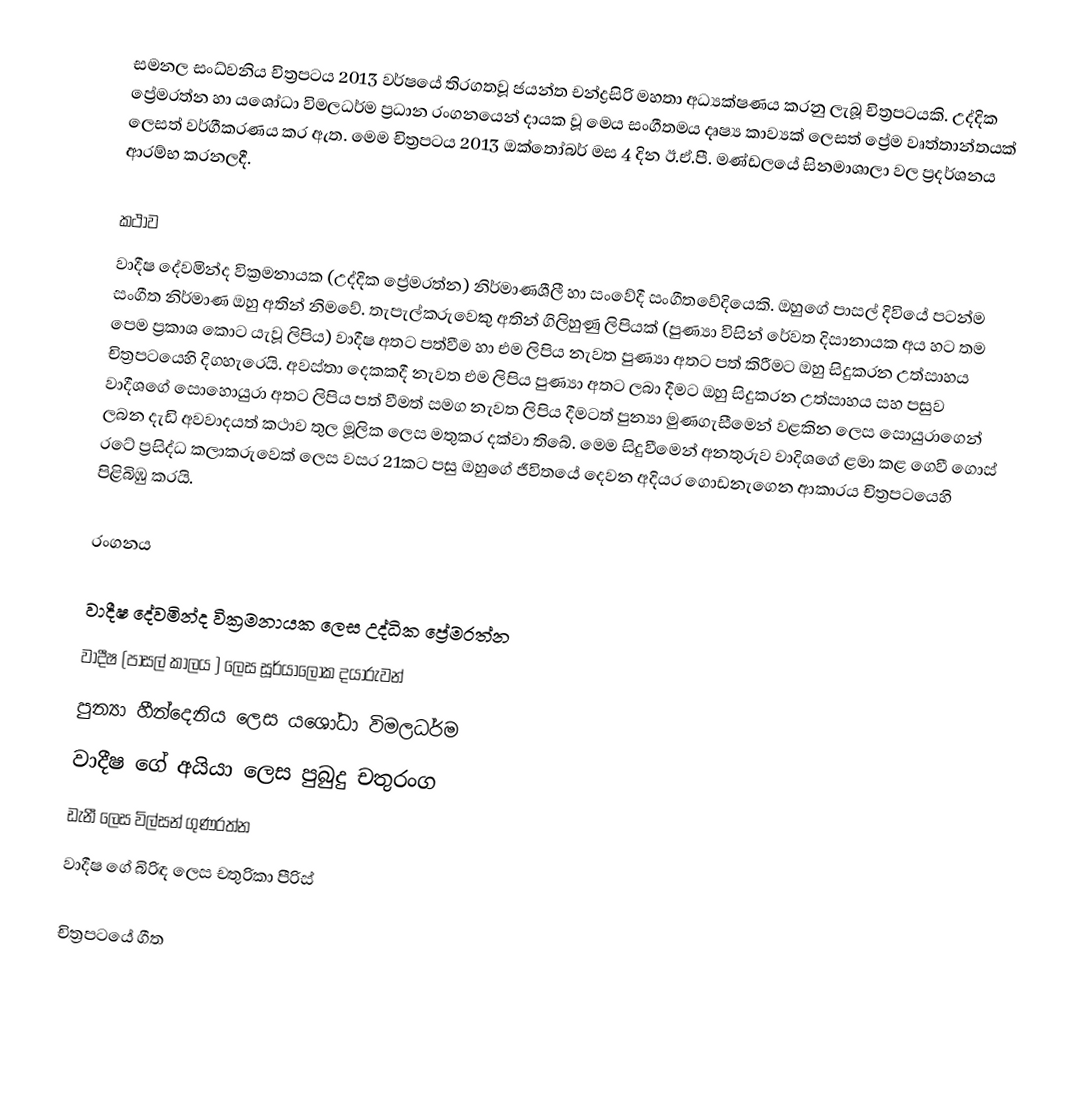
සමනල සංධ්වනිය චිත්‍රපටය 2013 වර්ෂයේ තිරගතවූ ජයන්ත චන්ද්‍රසිරි මහතා අධ්‍යක්ෂණය කරනු ලැබූ චිත්‍රපටයකි. උද්දික ප්‍රේමරත්න හා යශෝධා විමලධර්ම ප්‍රධාන රංගනයෙන් දායක වූ මෙය සංගීතමය දෘෂ්‍ය කාව්‍යක් ලෙසත් ප්‍රේම වෘත්තාන්තයක් ලෙසත් වර්ගීකරණය කර ඇත. මෙම චිත්‍රපටය 2013 ඔක්තෝබර් මස 4 දින ඊ.ඒ.පී. මණ්ඩලයේ සිනමාශාලා වල ප්‍රදර්ශනය ආරම්භ කරනලදී.

කථාව
වාදීෂ දේවමින්ද වික්‍රමනායක (උද්දික ප්‍රේමරත්න) නිර්මාණශීලී හා සංවේදී සංගීතවේදියෙකි. ඔහුගේ පාසල් දිවියේ පටන්ම සංගීත නිර්මාණ ඔහු අතින් නිමවේ. තැපැල්කරුවෙකු අතින් ගිලිහුණු ලිපියක් (පුණ්‍යා විසින් රේවත දිසානායක අය හට තම පෙම ප්‍රකාශ කොට යැවූ ලිපිය) වාදීෂ අතට පත්වීම හා එම ලිපිය නැවත පුණ්‍යා අතට පත් කිරීමට ඔහු සිදුකරන උත්සාහය චිත්‍රපටයෙහි දිගහැරෙයි. අවස්තා දෙකකදී නැවත එම ලිපිය පුණ්‍යා අතට ලබා දීමට ඔහු සිදුකරන උත්සාහය සහ පසුව වාදීශගේ සොහොයුරා අතට ලිපිය පත් වීමත් සමග නැවත ලිපිය දීමටත් පුන්‍යා මුණගැසීමෙන් වළකින ලෙස සොයුරාගෙන් ලබන දැඩි අවවාදයත් කථාව තුල මූලික ලෙස මතුකර දක්වා තිබේ. මෙම සිදුවීමෙන් අනතුරුව වාදිශගේ ළමා කළ ගෙවී ගොස් රටේ ප්‍රසිද්ධ කලාකරුවෙක් ලෙස වසර 21කට පසු ඔහුගේ ජීවිතයේ දෙවන අදියර ගොඩනැගෙන ආකාරය චිත්‍රපටයෙහි පිළිබිඹු කරයි.

රංගනය

 වාදීෂ දේවමින්ද වික්‍රමනායක ලෙස උද්ධික ප්‍රේමරත්න
 වාදීෂ (පාසල් කාලය ) ලෙස සූර්යාලෝක දයාරුවන්
 පුන්‍යා හීන්දෙනිය ලෙස යශෝධා විමලධර්ම
 වාදීෂ ගේ අයියා ලෙස පුබුදු චතුරංග
 ඩැනී ලෙස විල්සන් ගුණරත්න
 වාදීෂ ගේ බිරිඳ ලෙස චතුරිකා පීරිස්

චිත්‍රපටයේ ගීත